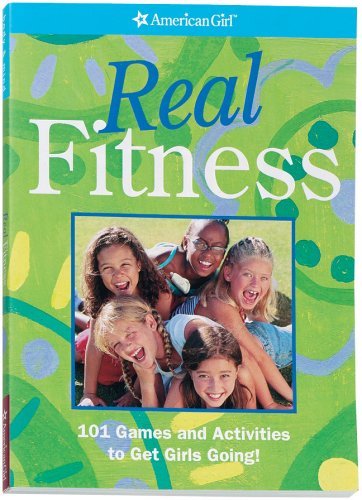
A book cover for Real Fitness: 101 Games and Activities to Get Girls Going! (American Girl (Prebound)); American Girl; Teen & Young Adult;